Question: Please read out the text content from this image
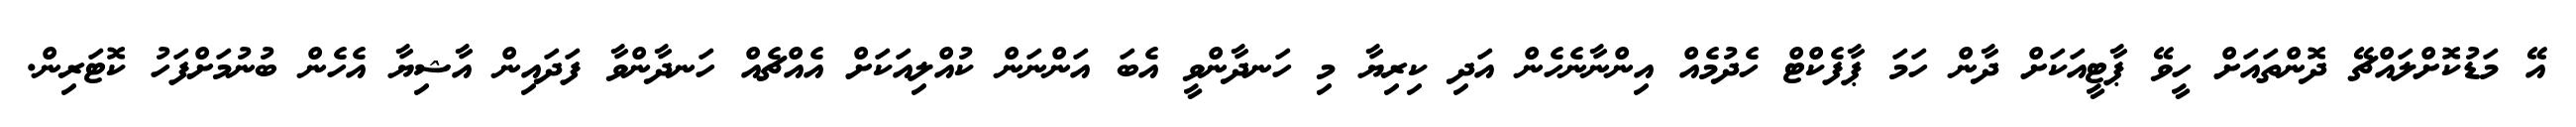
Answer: އޭ މަޑުކޮށްލައްޗޭ ދޮންތައަށް ހީވޭ ޕާޓީއަކަށް ދާން ހަމަ ޕާފެކްޓް ހެދުމެއް އިންނާނެހެން އަދި ކިރިޔާ މި ހަނދާންވީ އެބަ އަންނަން ކުއްލިއަކަށް އެއްޗެއް ހަނދާންވާ ފަދައިން އާޝިޔާ އެހެން ބުނުމަށްފަހު ކޮޓަރިން.